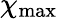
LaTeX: \chi_{\mathrm{max}}